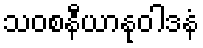
သဝစနီယာနုဝါဒနံ